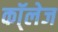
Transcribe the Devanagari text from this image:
कॉ्लेज